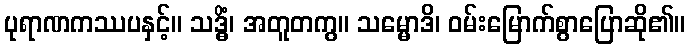
ပုရာဏကဿပနှင့်။ သဒ္ဓိံ၊ အတူတကွ။ သမ္မောဒိ၊ ဝမ်းမြောက်စွာပြောဆို၏။